Vital statistics of India. Vol. IV, Annual returns from 1871 to 1876. British Army of India, Native Army and jails of Bengal
Year: 1871
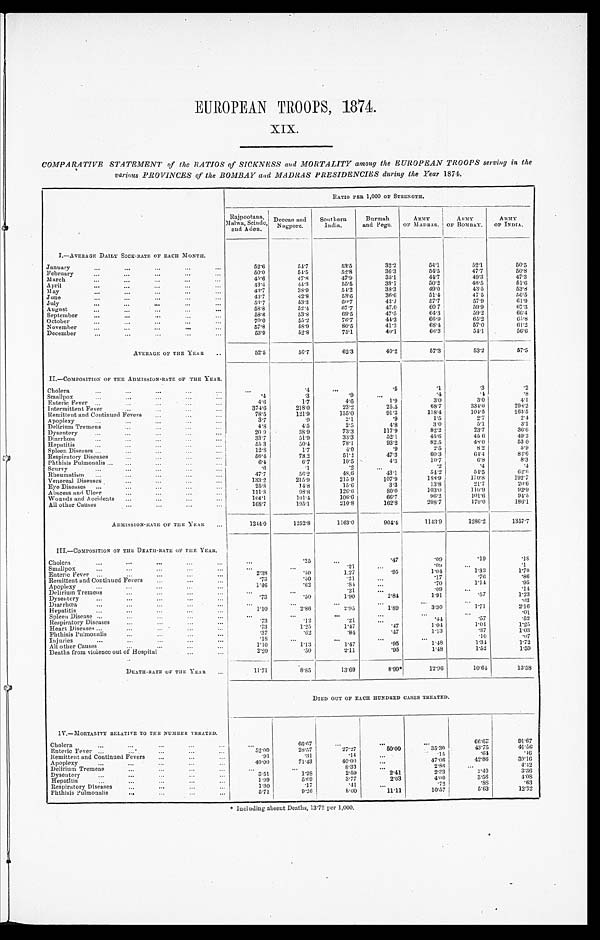
EUROPEAN TROOPS, 1874.
XIX.
COMPARATIVE STATEMENT of the RATIOS of SICKNESS and MORTALITY among the EUROPEAN TROOPS serving in the
various PROVINCES of the BOMBAY and MADRAS PRESIDENCIES during the Year 1874.
RATIO PER 1,000 OF STRENGTH.
Rajpootana,
Malwa, Scinde,
and Aden.
Deccan and
Nagpore.
Southern
India.
Burmah
and Pegu.
ARMY
OF MADRAS.
ARMY
OF BOMBAY.
ARMY
OF INDIA.
I.—AVERAGE DAILY SICK-RATE OF EACH MONTH.
January . . .
52.6
54.7
53.5
32.2
54.1
52.1
50.5
February . . .
50.0
54.5
52.8
36.3
54.5
47.7
50.8
March. . .
4 5 . 6
47.8
47.9
35.1
44.7
49.3
47.3
April . . .
4 3 . 4
44.3
55.5
38.1
50.2
46.5
51.6
M a y . .
43.7
38.9
54.2
38.3
49.0
43.5
53. 8
J u n e . . .
43.7
42.8
53.6
36.6
51.4
47.5
5 6 . 5
J u l y . . .
53.7
53.3
60.7
43.7
57.7
57.9
61.9
August . . .
58.8
52.4
67.7
47.0
60.7
59.9
67.3
September . . .
58.6
53.8
69.5
47.5
64.3
59.2
66. 4
October . . .
70.0
55.2
76.7
44.2
66.9
65.2
65. 8
November . . .
57.8
58.9
80.5
41.2
68.4
57.0
61.2
December . . .
53.9
52.8
75.1
40.1
66.3
54.1
56.6
AVERAGE OF THE YEAR . . .
52.5
50.7
62.3
40.2
57.3
53.2
57.5
II.—COMPOSITION OF THE ADMISSION-RATE OF THE YEAR.
Cholera . . .
. . .
. 4
. . .
. 5
.1
.3
.2
Smallpox . . .
.4
.3
.9
. . .
. 4
. 4
.8
Enteric Fever. . .
4.6
1.7
4.6
1.9
3.0
3.0
4.1
Intermittent Fever . . .
374.6
218.0
23.2
25.5
68.7
334.6
298.2
Remittent and Continued Fevers . . .
78.5
121.9
155.0
91.3
118.4
104.5
163.5
Apoplexy . . .
3.7
.9
2.1
.9
1.5
2.7
2.4.
Delirium Tremens . . .
4.8
4.5
2.5
4.8
3.0
5.1
3.1
Dysentery . . .
20.9
38.9
73.3
117.9
82.2
23.7
36.6
Diarrhœa . . .
33.7
51.9
33.3
52.1
45.6
45.6
49.2
Hepatitis . . .
55.3
50.4
78.1
93.2
82.5
48.0
53 0
Spleen Diseases . . .
12.8
1.7
4.0
.9
2.5
8.2
5 . 9
Respiratory Diseases . . .
56.4
73.2
51.2
47.3
60.3
64.4
82.6
Phthisis Pulmonalis . . .
6.4
6.7
10.5
4.3
10.7
6.8
8 . 3
Scurvy . . .
. 6
.1
.2
. . .
.2
. 4
. 4
Rheumatism . . .
47.7
56.2
48.6
43.1
54.2
54.5
62. 6
Venereal Diseases . . .
1 3 3 . 2
215.9
215.9
107.9
188.9
170.8
192.7
Eye Diseases . . .
25.8
14.8
15.6
3.3
13.8
21.7
20.6
Abscess and Ulcer . . .
111.8
98.8
126.6
80.0
103.0
110.9
92. 9
Wounds and Accidents . . .
104.1
101.4
106.6
66.7
96.2
101.6
94.5
All other Causes . . .
168.7
195.1
210.8
162.8
208.7
179.0
186. 1
ADMISSION-RATE OF THE YEAR . . .
1244.0
1252.8
1163.0
904.4
1143.9
1286.2
1357.7
III.—COMPOSITION OF THE DEATH-RATE OF THE YEAR. . .
Cholera . . .
. . .
.25
. . .
.47
.09
.19
. 1 8
Smallpox . . .
. . .
. . .
.21
. . .
. 0 9
. . .
. 1
Enteric Fever . . .
2.38
.50
1.27
.95
1.04
1 . 3 3
1 . 7 0
Remittent and Continued Fevers . . .
.73
.50
.21
. . .
.17
.76
.86
Apoplexy . . .
1.46
.62
.84.
. . .
.70
1.14
.95
Delirium Tremens . . .
. . .
. . .
.21
. . .
.09
. . .
. 1 4
Dysentery . . .
.73
.50
1.90
2.84
1.91
.57
1 . 2 3
Diarrhœa . . .
. . .
. . .
. . .
. . .
. . .
. . .
0 . 3
Hepatitis . . .
1.10
2.86
2.95
1.89
3.30
1 . 7 1
2 . 1 6
Spleen Disease . . .
. . .
. . .
. . .
. . .
. . .
. . .
. 0 1
Respiratory Diseases . . .
.73
.12
.21
. . .
.44
.57
.52
Heart Diseases . . .
.73
1.25
1.47
.47
1 . 0 4
1.04
1.25
Phthisis Pulmonalis . . .
. 3 7
. 6 2
. 8 4
.47
1.13
.37
1.03
Injuries . . .
.18
. . .
. . .
. . .
. . .
.10
. 0 7
All other Causes . . .
1.10
1.13
1.47
.95
1.48
1.34
1.72
Deaths from violence out of Hospital . . .
2 . 2 0
.50
2.11
.95
1.48
1 . 5 2
1.59
DEATH-RATE OF THE YEAR . . .
11.71
8.85
13.69
8.99*
12.96
10.64
13.58
DIED OUT OF EACH HUNDRED CASES TREATED.
IV.—MORTALITY RELATIVE TO THE NUMBER TREATED.
Cholera . . .
. . .
66.67
. . .
. . .
. . .
6 6 . 6 7
9 1 . 6 7
E n t e r i c F e v e r . . .
5 2 . 0 0
28.57
27.27
50.00
35.30
43.75
4 1 . 5 6
Remittent and Continued Fevers . . .
.93
.31
.14
. . .
.15
.64
. 4 6
A p o p l e x y . . .
40.00
71.43
40.00
. . .
47.06
42.86
3 9 . 1 6
Delirium Tremens . . .
. . .
. . .
8.33
. . .
2.86
. . .
4 . 4 2
Dysentery . . .
3.51
1.28
2.59
2.41
2.33
2 . 4 0
3 . 3 6
H e p a t i t i s . . .
1.99
5.69
3.77
2.03
4.00
3.56
4.08
Respiratory Diseases . . .
1.30
.17
.41
. . .
.72
. 8 8
. 6 3
Phthisis Pulmonalis . . .
5.71
9.26
8.00
11.11
10.57
5 . 6 3
12.32
*Including absent Deaths, 13.72 per 1,000.